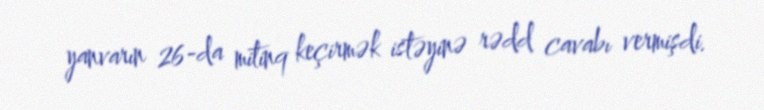
yanvarın 26-da mitinq keçirmək istəyinə rədd cavabı vermişdi.